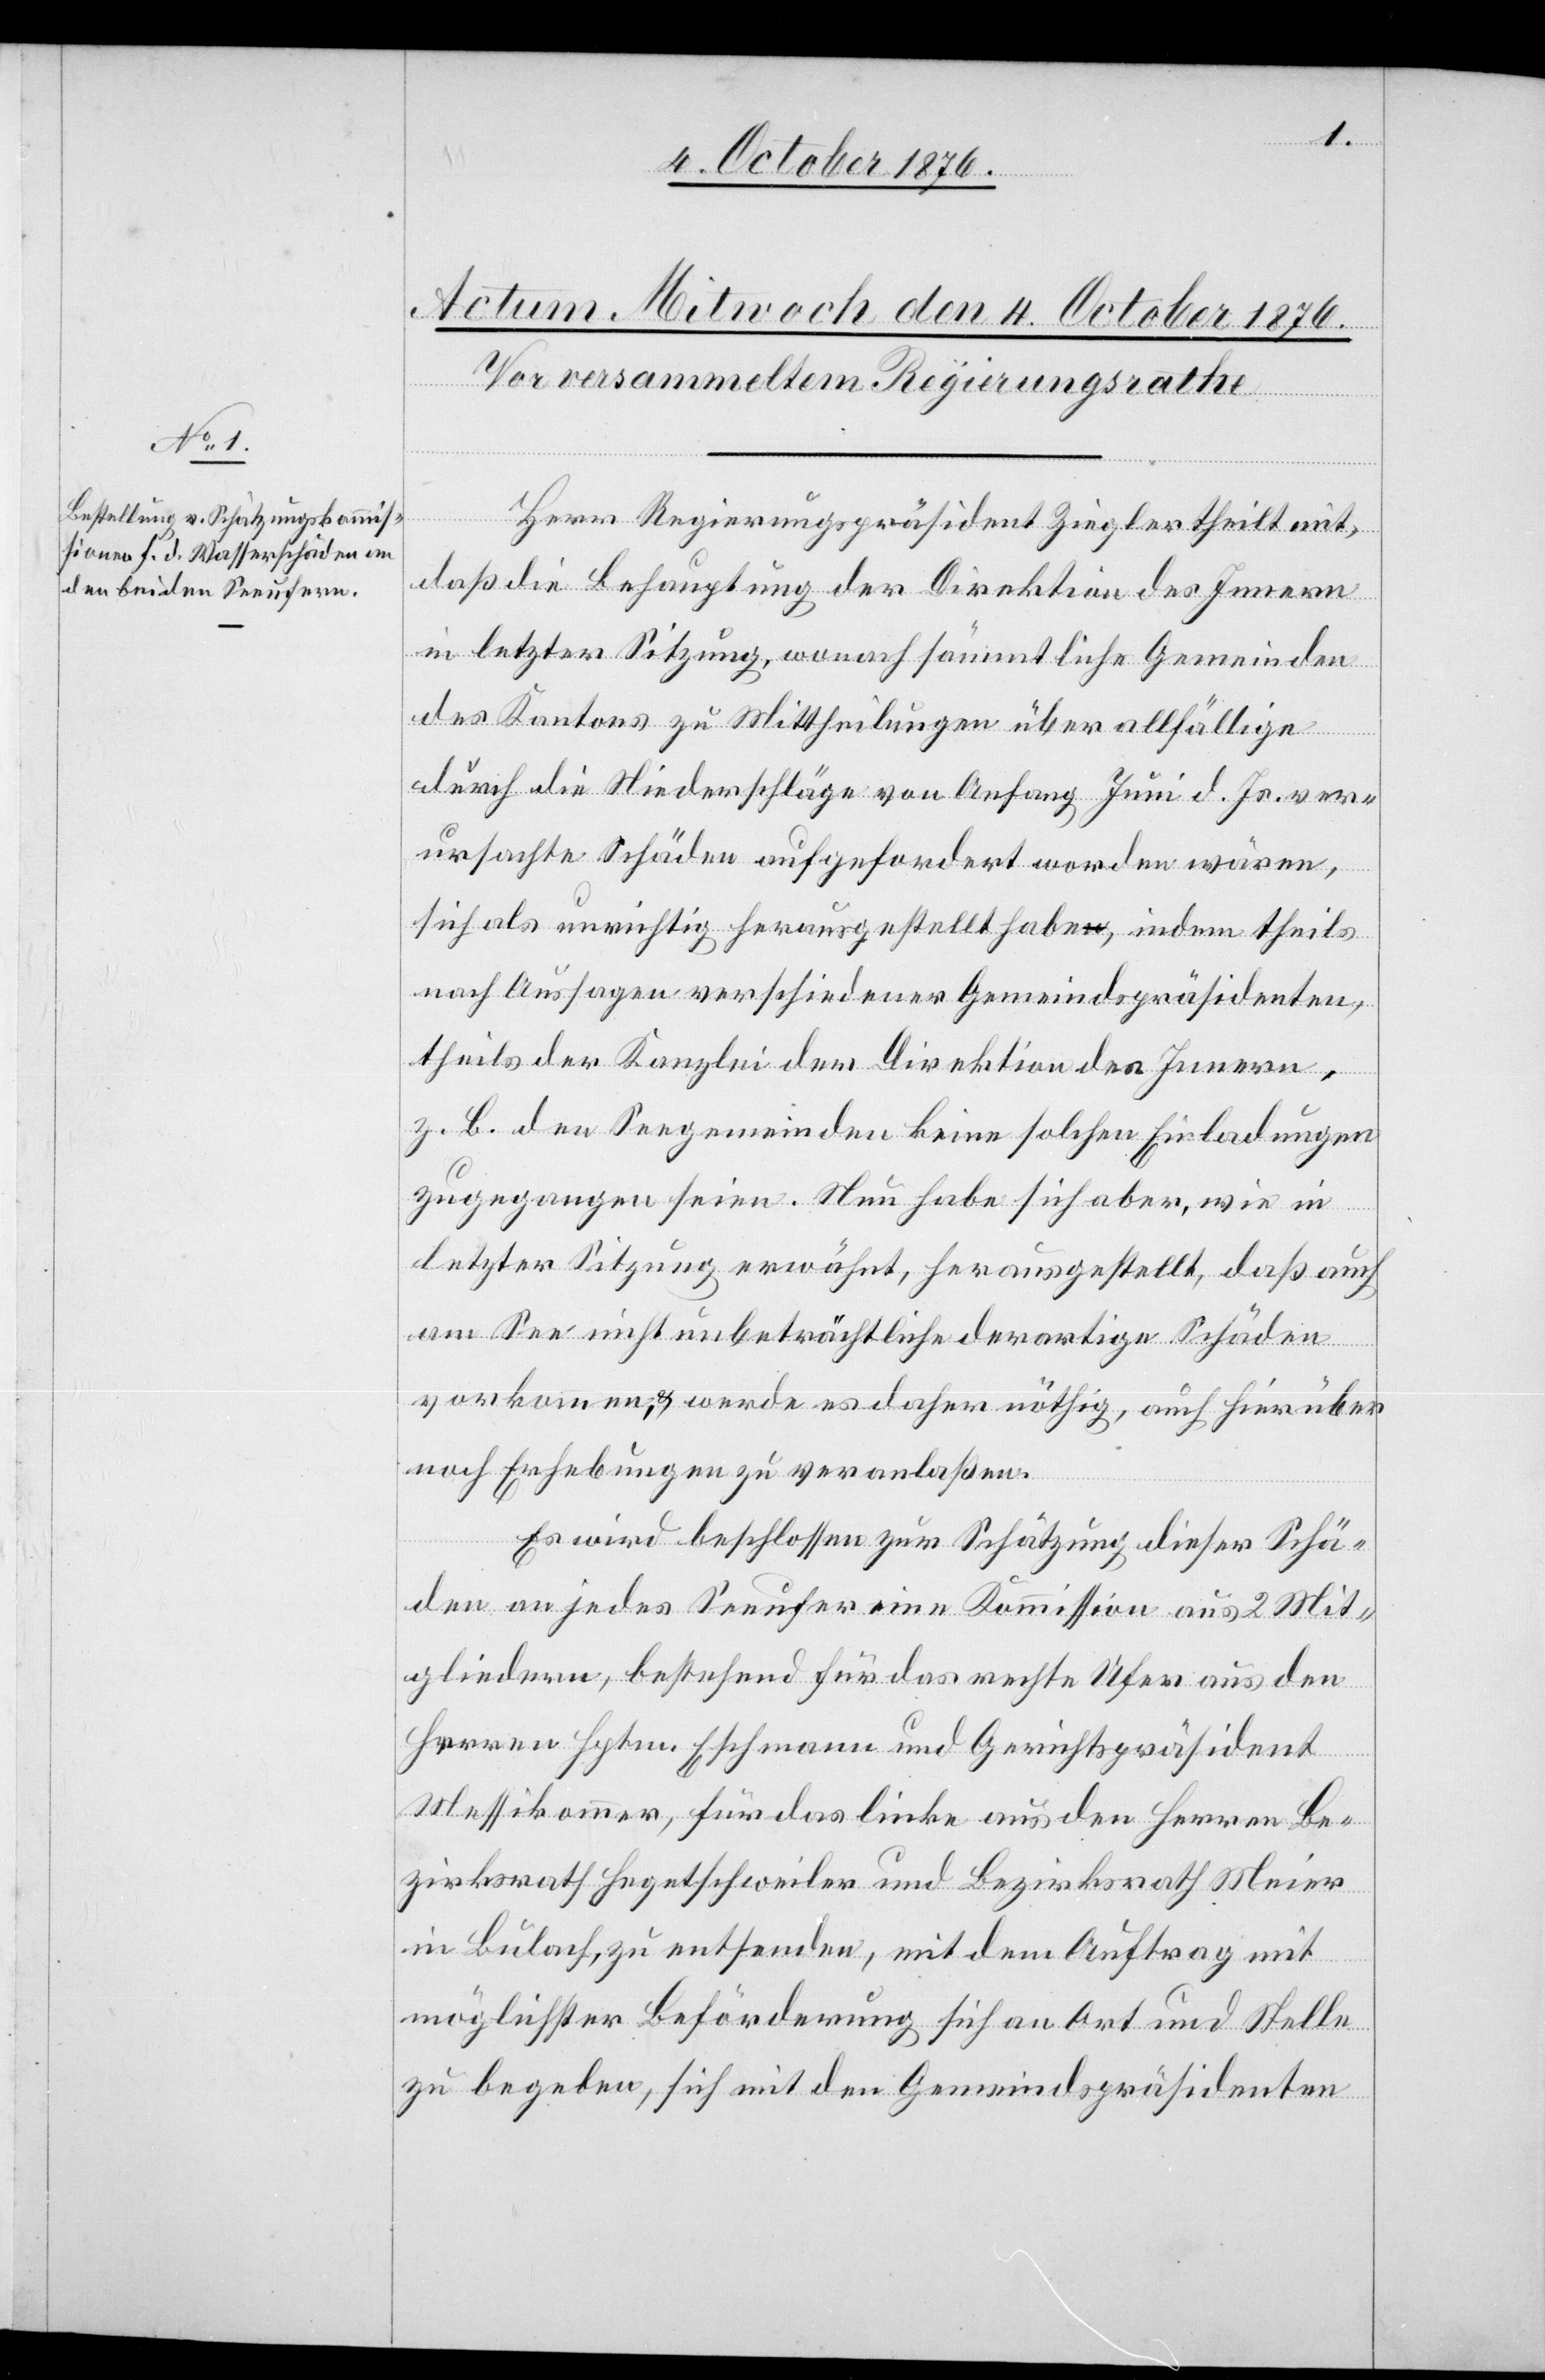
Herr Regierungspräsident Ziegler theilt mit,
daß die Behauptung der Direktion des Innern
in letzter Sitzung, wonach sämmtliche Gemeinden
des Kantons zu Mittheilungen über allfällige
durch die Niederschläge von Anfang Juni d. Js. ver¬
ursachte Schäden aufgefordert worden wären,
sich als unrichtig herausgestellt habe, indem theils
nach Aussagen verschiedener Gemeindspräsidenten,
theils der Kanzlei der Direktion des Innern,
z. B. den Seegemeinden keine solchen Einladungen
zugegangen seien. Nun habe sich aber, wie in
letzter Sitzung erwähnt, herausgestellt, daß auch
am See nicht unbeträchtliche derartige Schäden
vorkommen, & werde es daher nöthig, auch hierüber
noch Erhebungen zu veranlaßen.
Es wird beschlossen zur Schätzung dieser Schä¬
den an jedes Seeufer eine Kommission aus 2 Mit¬
gliedern, bestehend für das rechte Ufer aus den
Herren Hptm. Eschmann und Gerichtspräsident
Messikommer, für das linke aus den Herren Be¬
zirksrath Hegetschweiler und Bezirksrath Meier
in Bülach, zu entsenden, mit dem Auftrag mit
möglichster Beförderung sich an Ort und Stelle
zu begeben, sich mit den Gemeindspräsidenten